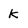
Character: K